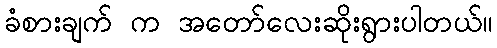
ခံစားချက် က အတော်လေးဆိုးရွားပါတယ်။